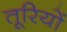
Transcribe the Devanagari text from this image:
तूरियों